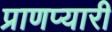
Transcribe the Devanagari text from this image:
प्राणप्यारी